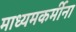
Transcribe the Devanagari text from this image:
माध्यमकर्मीना